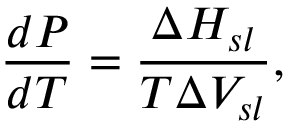
\frac { d P } { d T } = \frac { \Delta H _ { s l } } { T \Delta V _ { s l } } ,